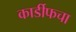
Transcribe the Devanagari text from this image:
कार्डीफचा